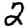
Digit: 2